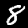
Label: 8